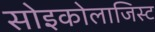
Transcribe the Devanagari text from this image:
सोइकोलाजिस्ट